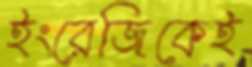
ইংরেজিকেই